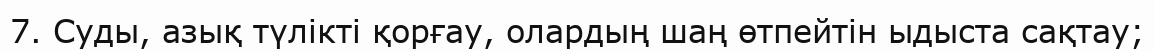
7. Суды, азық түлікті қорғау, олардың шаң өтпейтін ыдыста сақтау;